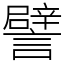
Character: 譬